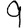
Digit: 9